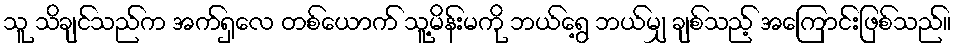
သူ သိချင်သည်က အက်ရှလေ တစ်ယောက် သူ့မိန်းမကို ဘယ်ရွေ့ ဘယ်မျှ ချစ်သည့် အကြောင်းဖြစ်သည်။